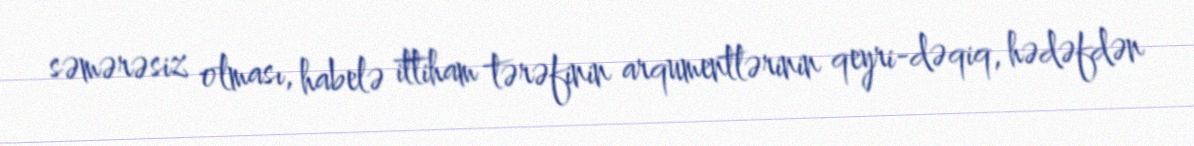
səmərəsiz olması, habelə ittiham tərəfinin arqumentlərinin qeyri-dəqiq, hədəfdən